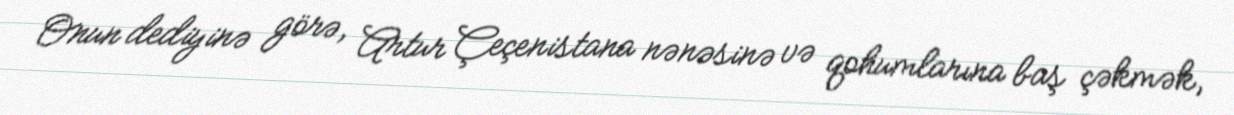
Onun dediyinə görə, Artur Çeçenistana nənəsinə və qohumlarına baş çəkmək,